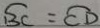
\widehat { B C } = \widehat { C D }